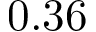
0 . 3 6